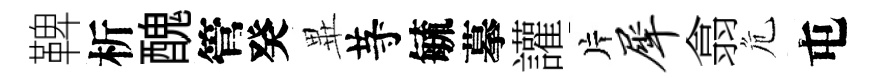
鞞析醜管癸𭺾䒭毓摹讙片犀翕危屯